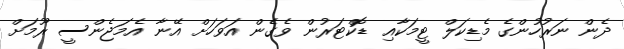
ދެން ނަރުހުންގެ މެޑިކަލް ޓީމަކާއި ޑޮކްޓަރުން ވެގެން އަވަހަށް އޭނާ އެމަޖެންސީ ރޫމަށް